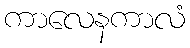
ကာလေနကာလံ